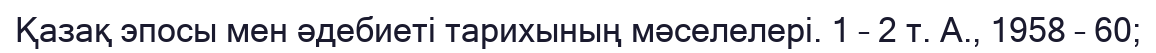
Қазақ эпосы мен әдебиеті тарихының мәселелері. 1 – 2 т. А., 1958 – 60;